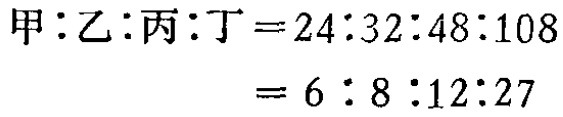
\[

\begin{align*}

甲:乙:丙:丁&=24:32:48:108\\

&=6:8:12:27

\end{align*}

\]